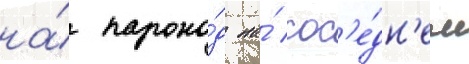
на́ парохо́д на́ сос'е́дн'ем